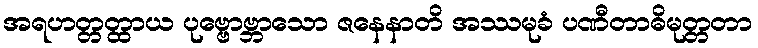
အရဟတ္တတ္ထာယ ပုဗ္ဗောဗ္ဘာသော ဇနေနာတိ အဿမုခံ ပဏီတာဓိမုတ္တတာ